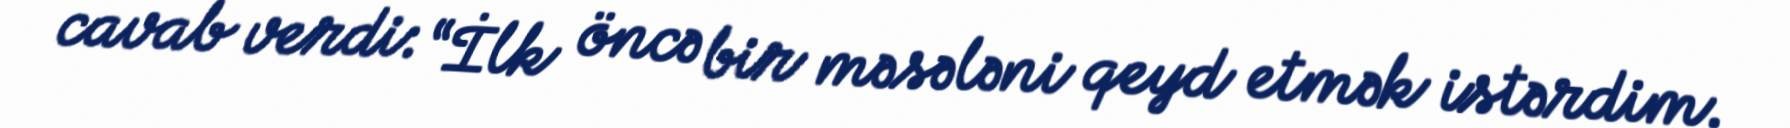
cavab verdi: “İlk öncə bir məsələni qeyd etmək istərdim.